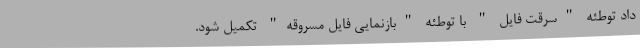
داد توطئه "سرقتِ فایل " با توطئه "بازنمایی فایل مسروقه" تکمیل شود.